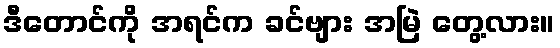
ဒီတောင်ကို အရင်က ခင်ဗျား အမြဲ တွေ့လား။